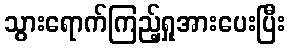
သွားရောက်ကြည့်ရှုအားပေးပြီး